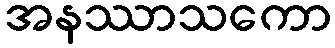
အနဿာသကော